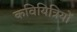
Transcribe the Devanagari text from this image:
कवियित्रियों